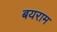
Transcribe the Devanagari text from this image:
बयराम